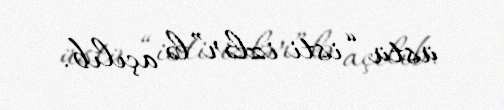
üstü “isti izlər”lə açılıb.